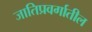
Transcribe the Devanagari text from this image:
जातिप्रवर्गातील